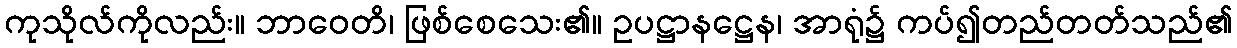
ကုသိုလ်ကိုလည်း။ ဘာဝေတိ၊ ဖြစ်စေသေး၏။ ဥပဋ္ဌာနဋ္ဌေန၊ အာရုံ၌ ကပ်၍တည်တတ်သည်၏